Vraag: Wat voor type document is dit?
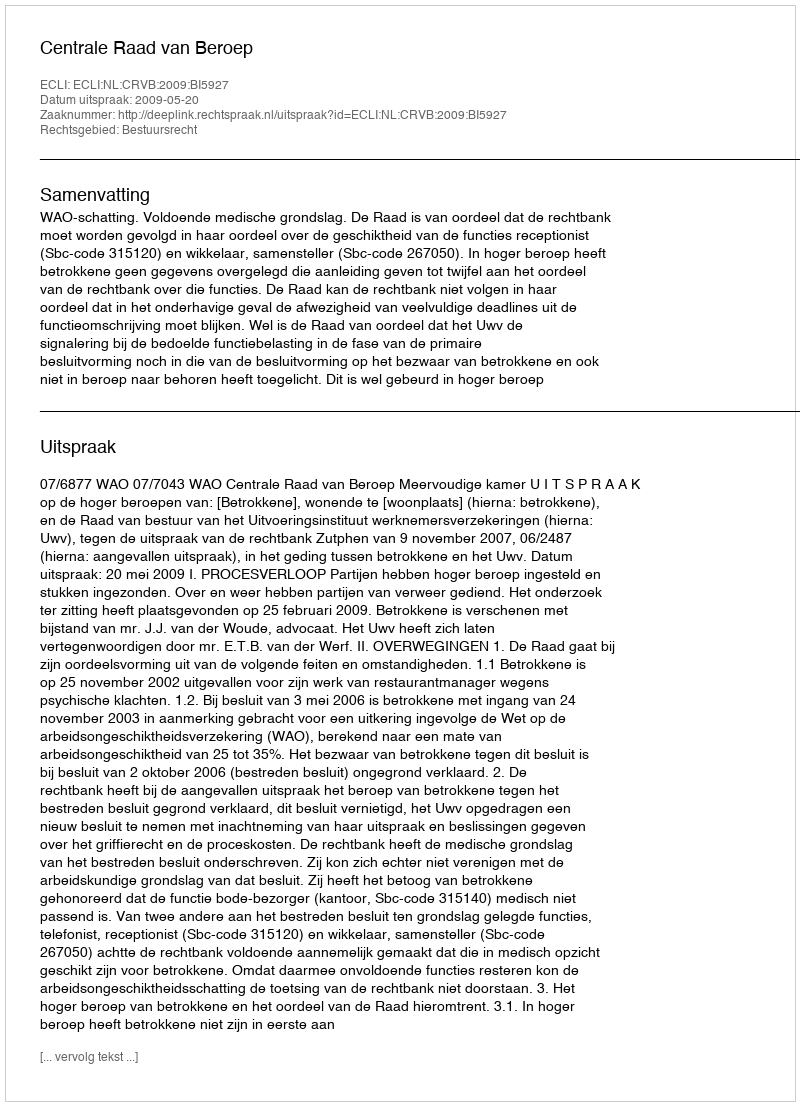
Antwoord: Uitspraak